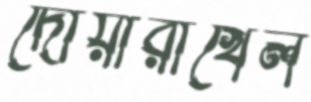
দোয়ারাখেল